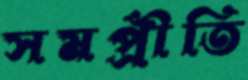
সমপ্রীতি